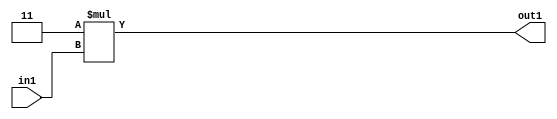
`timescale 1ps / 1ps
/*****************************************************************************
    Verilog RTL Description
    
    
    Created by: Stratus DpOpt 2019.1.01 
*******************************************************************************/

module GauFilter_Mul2i3u2_1 (
	in1,
	out1
	); /* architecture "behavioural" */ 
input [1:0] in1;
output [3:0] out1;
wire [3:0] asc001;

assign asc001 = 
	+(4'B0011 * in1);

assign out1 = asc001;
endmodule

/* CADENCE  urbwTQ4= : u9/ySgnWtBlWxVPRXgAZ4Og= ** DO NOT EDIT THIS LINE ******/